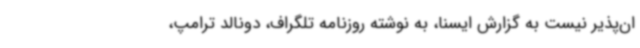
ان‌پذیر نیست به گزارش ایسنا، به نوشته روزنامه تلگراف، دونالد ترامپ،